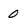
Character: 0